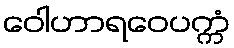
ဝေါဟာရဝေပက္ကံ